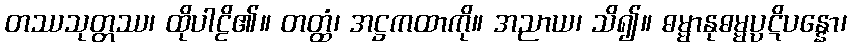
တဿသုတ္တဿ၊ ထိုပါဠိ၏။ တတ္ထံ၊ အဋ္ဌကထာကို။ အညာယ၊ သိ၍။ ဓမ္မာနုဓမ္မပ္ပဋိပန္နော၊